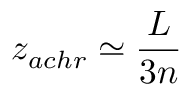
z _ { a c h r } \simeq \frac { L } { 3 n }